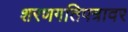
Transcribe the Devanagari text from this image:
शरणगतिपत्रावर